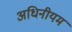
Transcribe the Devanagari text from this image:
अधिनीयम